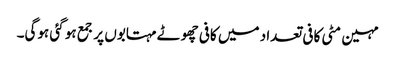
مہین مٹی کافی تعداد میں کافی چھوٹے مہتابوں پر جمع ہو گئی ہوگی۔